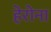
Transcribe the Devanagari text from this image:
हेरोना